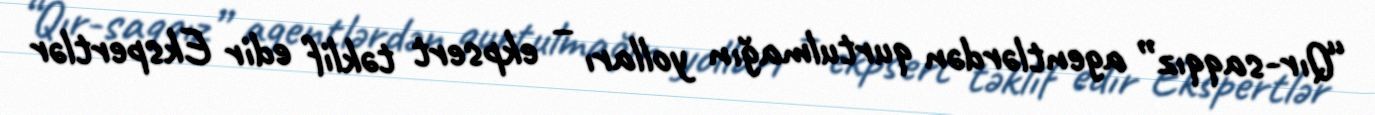
“Qır-saqqız” agentlərdən qurtulmağın yolları – ekpsert təklif edir Ekspertlər